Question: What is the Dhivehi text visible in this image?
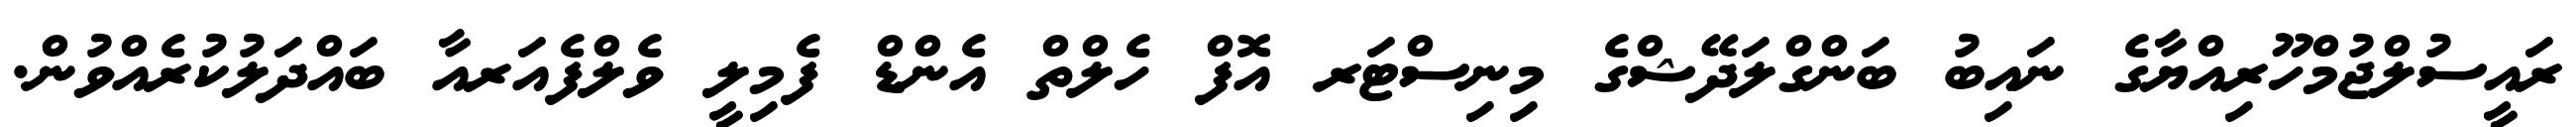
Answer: ރައީސުލްޖުމްހޫރިއްޔާގެ ނައިބު ބަންގްލަދޭޝްގެ މިނިސްޓަރ އޮފް ހެލްތް އެންޑް ފެމިލީ ވެލްފެއަރއާ ބައްދަލުކުރެއްވުން.